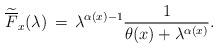
LaTeX: \begin{align*}\widetilde{\overline{F}}_x(\lambda) \, = \, \lambda^{\alpha(x)-1} \frac{1}{\theta(x)+\lambda^{\alpha(x)}}.\end{align*}